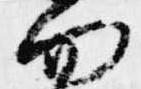
勿